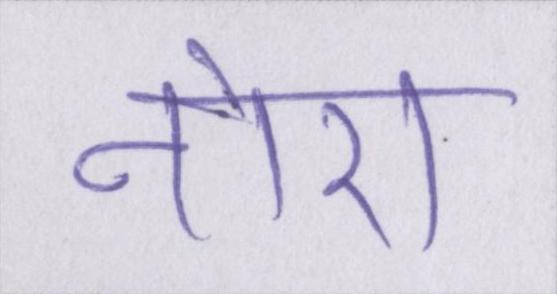
नोरा